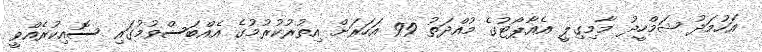
އަހުމަދު ޝަމްހީދު މާމިގިލީ އެއާޕޯޓުގެ މުއްދަތު 99 އަހަރަށް އިތުރުކުރުމުގެ އެއްބަސްވުމުގައި ސޮއިކުރެއްވީ